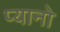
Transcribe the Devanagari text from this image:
प्यानो